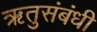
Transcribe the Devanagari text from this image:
ऋतुसंबंधी